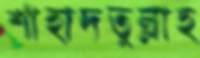
শাহাদতুল্লাহ